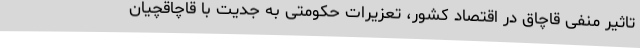
تاثیر منفی قاچاق در اقتصاد کشور، تعزیرات حکومتی به جدیت با قاچاقچیان